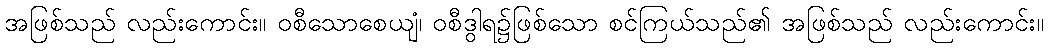
အဖြစ်သည် လည်းကောင်း။ ဝစီသောစေယျံ၊ ဝစီဒွါရ၌ဖြစ်သော စင်ကြယ်သည်၏ အဖြစ်သည် လည်းကောင်း။